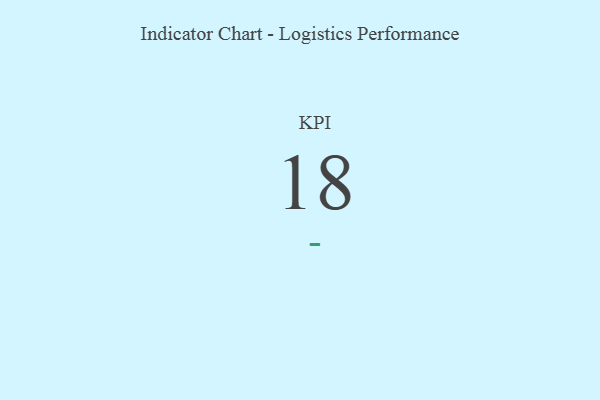
{"axis": {"x": "KPI", "y": "Value"}, "legend": [""], "data": [{"x": "KPI", "y": 18, "type": ""}]}